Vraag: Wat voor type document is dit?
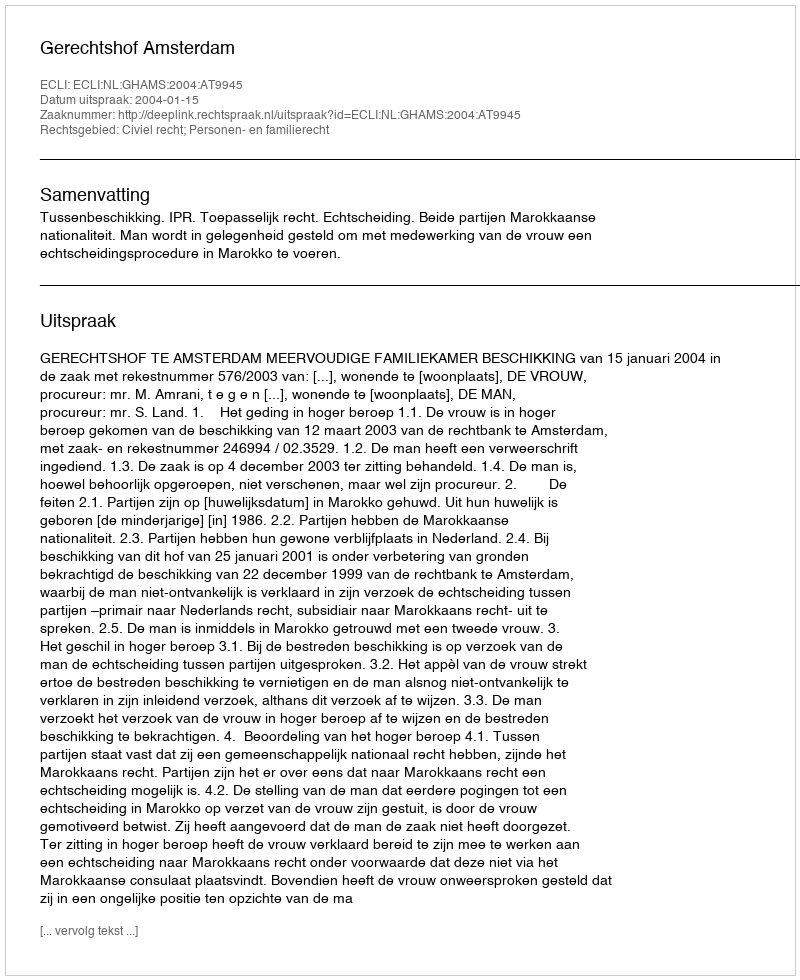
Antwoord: Uitspraak